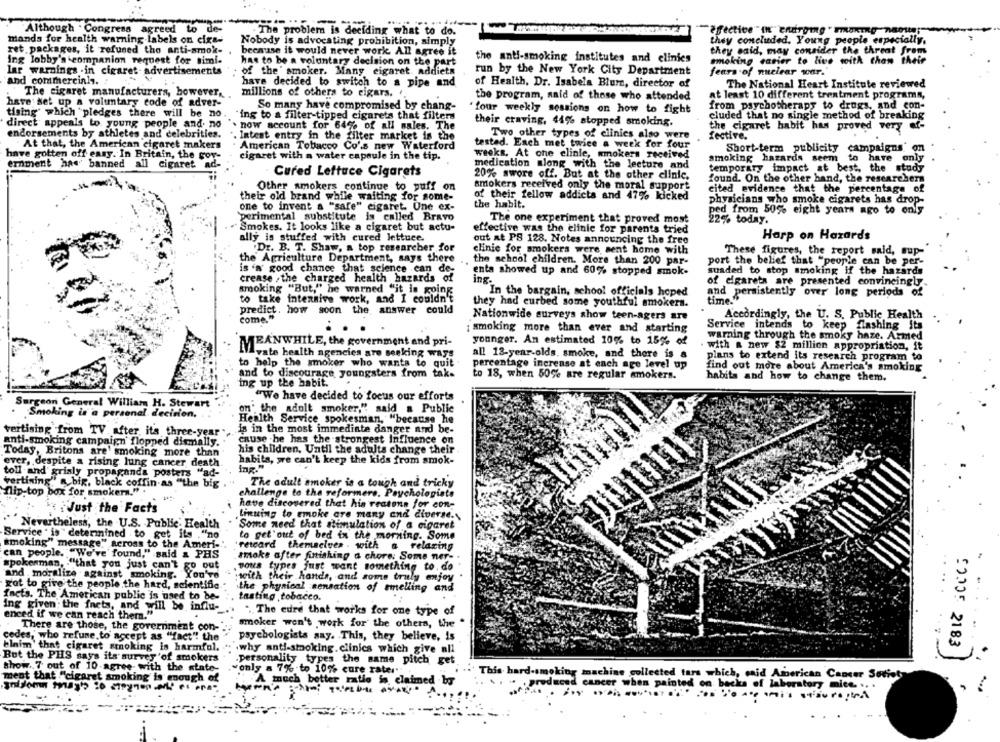
Although . Congress agreed to de-
. The problem is deciding what to do.
mands for health warning-labels on cixs-
Nobody is advocating prohibition, simply
they concluded. Young people especially.
ret packages, it refused tho anti-amok-
because it would never work All agree it
they said, may consider the threat from
ing lobby's companion request for simi-
the anti-smoking institutes and elinies
moking easier to live with than their
has to be a voluntary decision on the part
lar warnings .in cigaret- advertisements
of the' smoker. Many cigaret. addiets
run by the New York City Department
fears of nuclear war.
and commercialy.
have decided to switch to a pipe and
of Health, Dr. Isabela Blum, director of
The National Heart Institute reviewed
The cigaret manufacturers, however,
millions of others to cigars.
the program, said of those who attended
at least 10 different treatment programs,
have set up a voluntary code of adver-
So many have compromised by chang-
"four weekly sessions on how to fight
from psychotherapy to drugs, and con-
tising which pledges there will be no.
"ing to a filter-tipped cigarets that filters
cluded that no single method of breaking
direct appeals to young people and. no
now account for 64% of all sales. The
their craving, 44% stopped smoking.
the cigaret habit has proved very af-
endorsements by athletes and celebrities.
. Intent entry in the filter market is the
Two other types of clinics also were
fective.
At that, the American cigaret makers
American Tobacco Co's new Waterford
tested. Each met twice a week for four
Short-term publicity campaigns' on
have gotten off enny. In Britain, the gor-
cigaret with a water capsule in the tip.
weeks, At che clinle, smokers received
ernment has banned all cigaret ad-
medication along with the lecture and
smoking hazards seem to have only
temporary impact at best, the study
Cured Lettuce Cigarets
20% swore off. But at the other clinic.
found. On the other hand, the researchers
smokers received only the moral support
Other smokers continue to puff on
cited evidence that the percentage of
their old brand while waiting for some-
of their fellow addicts and 47% kicked
physicians who smoke cigarets has drop-
one to invent a "safe" cigaret. One ex-
the habit.
`perimental substitute is called Bravo
ped from 50% eight years ago to only
The one experiment that proved most
22% today.
"Smokes. It looks like a cigaret but actu-
effective was the clinic for parents tried
ally is stuffed with cured lettuce.
Harp on Hazards
out at PS 128. Notes announcing the free
Dr. B. T. Shaw, a top researcher for
clinic for smokers were sent home with
These figures, the report said, sup-
the Agriculture Department, says there
is a good chance that science can de-
the school children. More than 200 par-
port the belief that "people can be per-
enta showed up and 60% stopped smok-
suaded to stop smoking if the hazards
crease , the charged health hazards of
ing.
of cigarets are presented convincingly.
smoking "But," he warned "it is going
"In the bargain, school officials hoped
and persistently over long periods of
to take intensive work, and I couldn't
they had curbed some youthful smokers.
time."
predict, how soon the answer could
come."
Nationwide surveys show teen-agers are
Accordingly, the U. S. Public Health
Service intends to keep flashing its
:smoking more than ever and starting
younger. An estimated 10% to 15% of
warning through the smoky haze. Armed
MEANWHILE, the government and pri-
with a new $2 million appropriation, it
vate health agencies are seeking ways
all 13-year-olds. smoke, and there is a
plans to extend its research program to
to help the smoker who wants to quit
percentage increase at each age level up
find out more about America's smoking
and to discourage youngsters from tak-
to 18, when 50% are regular smokers.
habits and how to change them.
ing up the habit.
"We have decided to focus our efforts
Surgeon General William H. Stewart
on" the adult smoker," said a Public
Smoking is a personal decision,
Health Service spokesman, "because he
is in the most immediate danger and be-
vertising from TV. after its three-year
anti-smoking campaign flopped dismally.
cause he has the strongest Influence on
Today, Britons are' smoking more than
his children, Until the adults change their
habita, we can't keep the kids from smok-
ever, despite a rising lung cancer death
toll and' grisly propaganda posters "ad-
The adult smoker is a tough and tricky
vertining" a big, black coffin as "the big
flip-top box for smokers." .
challenge to the reformere. Psychologists
have discovered that his reatons for con-
¿Just the Facts
Linning to smoke are many and diverse.
Nevertheless, the U.S. Public Health
Some need that simulation of a cigaret
Service " is" determined to get its ."no
to get'out of bed in the morning. Some
smoking" message" across to the Ameri-
retcard themselves . with a relaxing
can people. "We've found," said & PHS
smoke after finishing a chore; Some ner-
spokenman, "that you just can't go out
tous types just want something to. do
"and moralize . against smoking. You've
with their hands, and some truly enjoy
rot to give the people the hard, scientific
. ..
the physical sensation of mmelling and
facts. The American public is used to be-
tasting tobacco.
Ing given: the facts, and will be influ-
enced if we can reach thera."
"The eure that works for one type of
smoker won't work for the others, the .
There are those, the government con-
cedes, who refuse.to accept as "fact" the
psychologists say. This, they believe, is
22005 2183
......
Flnim that cigaret stoking is harmful.
.why anti-smoking.clinics which give all
But the PHS says its survey 'of smokers
personality types the same pitch get
show. 7 out of 10-agree with the state-
."only a 7% to 10% cure rater"
.. This hard-smoking machine collected tars which, said American Cancer Society
ment that ""cigaret smoking is enough of
A much better ratle is, claimed bo
w . Produced cancer when painted on backs of laboratory mice. .. .
-